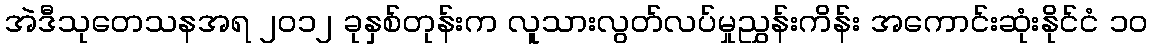
အဲဒီသုတေသနအရ ၂၀၁၂ ခုနှစ်တုန်းက လူသားလွတ်လပ်မှုညွှန်းကိန်း အကောင်းဆုံးနိုင်ငံ ၁၀